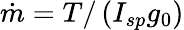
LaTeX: \dot{m}=T/\left(I_{sp}g_{0}\right)